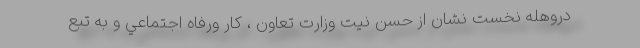
دروهله نخست نشان از حسن نيت وزارت تعاون ، كار ورفاه اجتماعي و به تبع